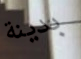
بدينة